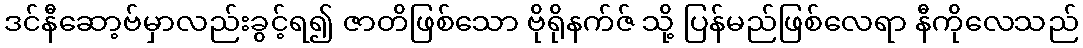
ဒင်နီဆော့ဗ်မှာလည်းခွင့်ရ၍ ဇာတိဖြစ်သော ဗိုရိုနက်ဇ် သို့ ပြန်မည်ဖြစ်လေရာ နီကိုလေသည်